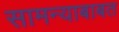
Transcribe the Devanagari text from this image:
सामन्याबाबत